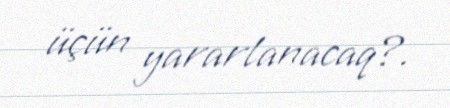
üçün yararlanacaq?.